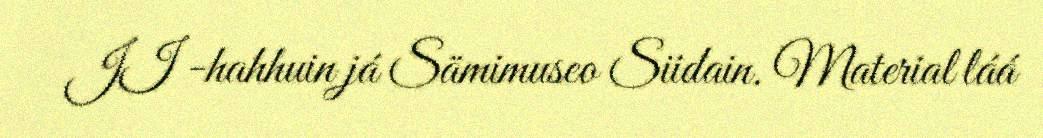
II -hahhuin já Sämimuseo Siidain. Material láá